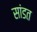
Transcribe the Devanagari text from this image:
सांडत